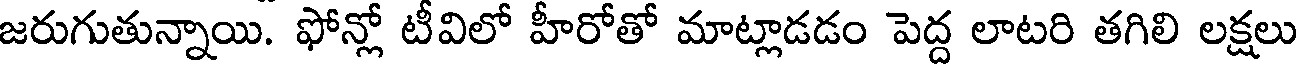
జరుగుతున్నాయి. ఫోన్లో టీవిలో హీరోతో మాట్లాడడం పెద్ద లాటరి తగిలి లక్షలు